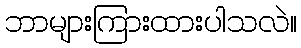
ဘာများကြားထားပါသလဲ။